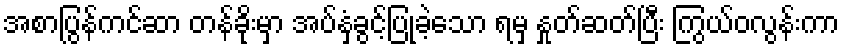
အစာပြွန်ကင်ဆာ တန်ခိုးမှာ အပ်နှံခွင့်ပြုခဲ့သော ရမှ နှုတ်ဆတ်ပြီး ကြွယ်ဝလွန်းကာ